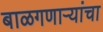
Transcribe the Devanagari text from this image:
बाळगणाऱ्यांचा